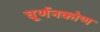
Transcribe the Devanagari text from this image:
घूर्णनकोण